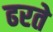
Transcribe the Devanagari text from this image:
ढरते